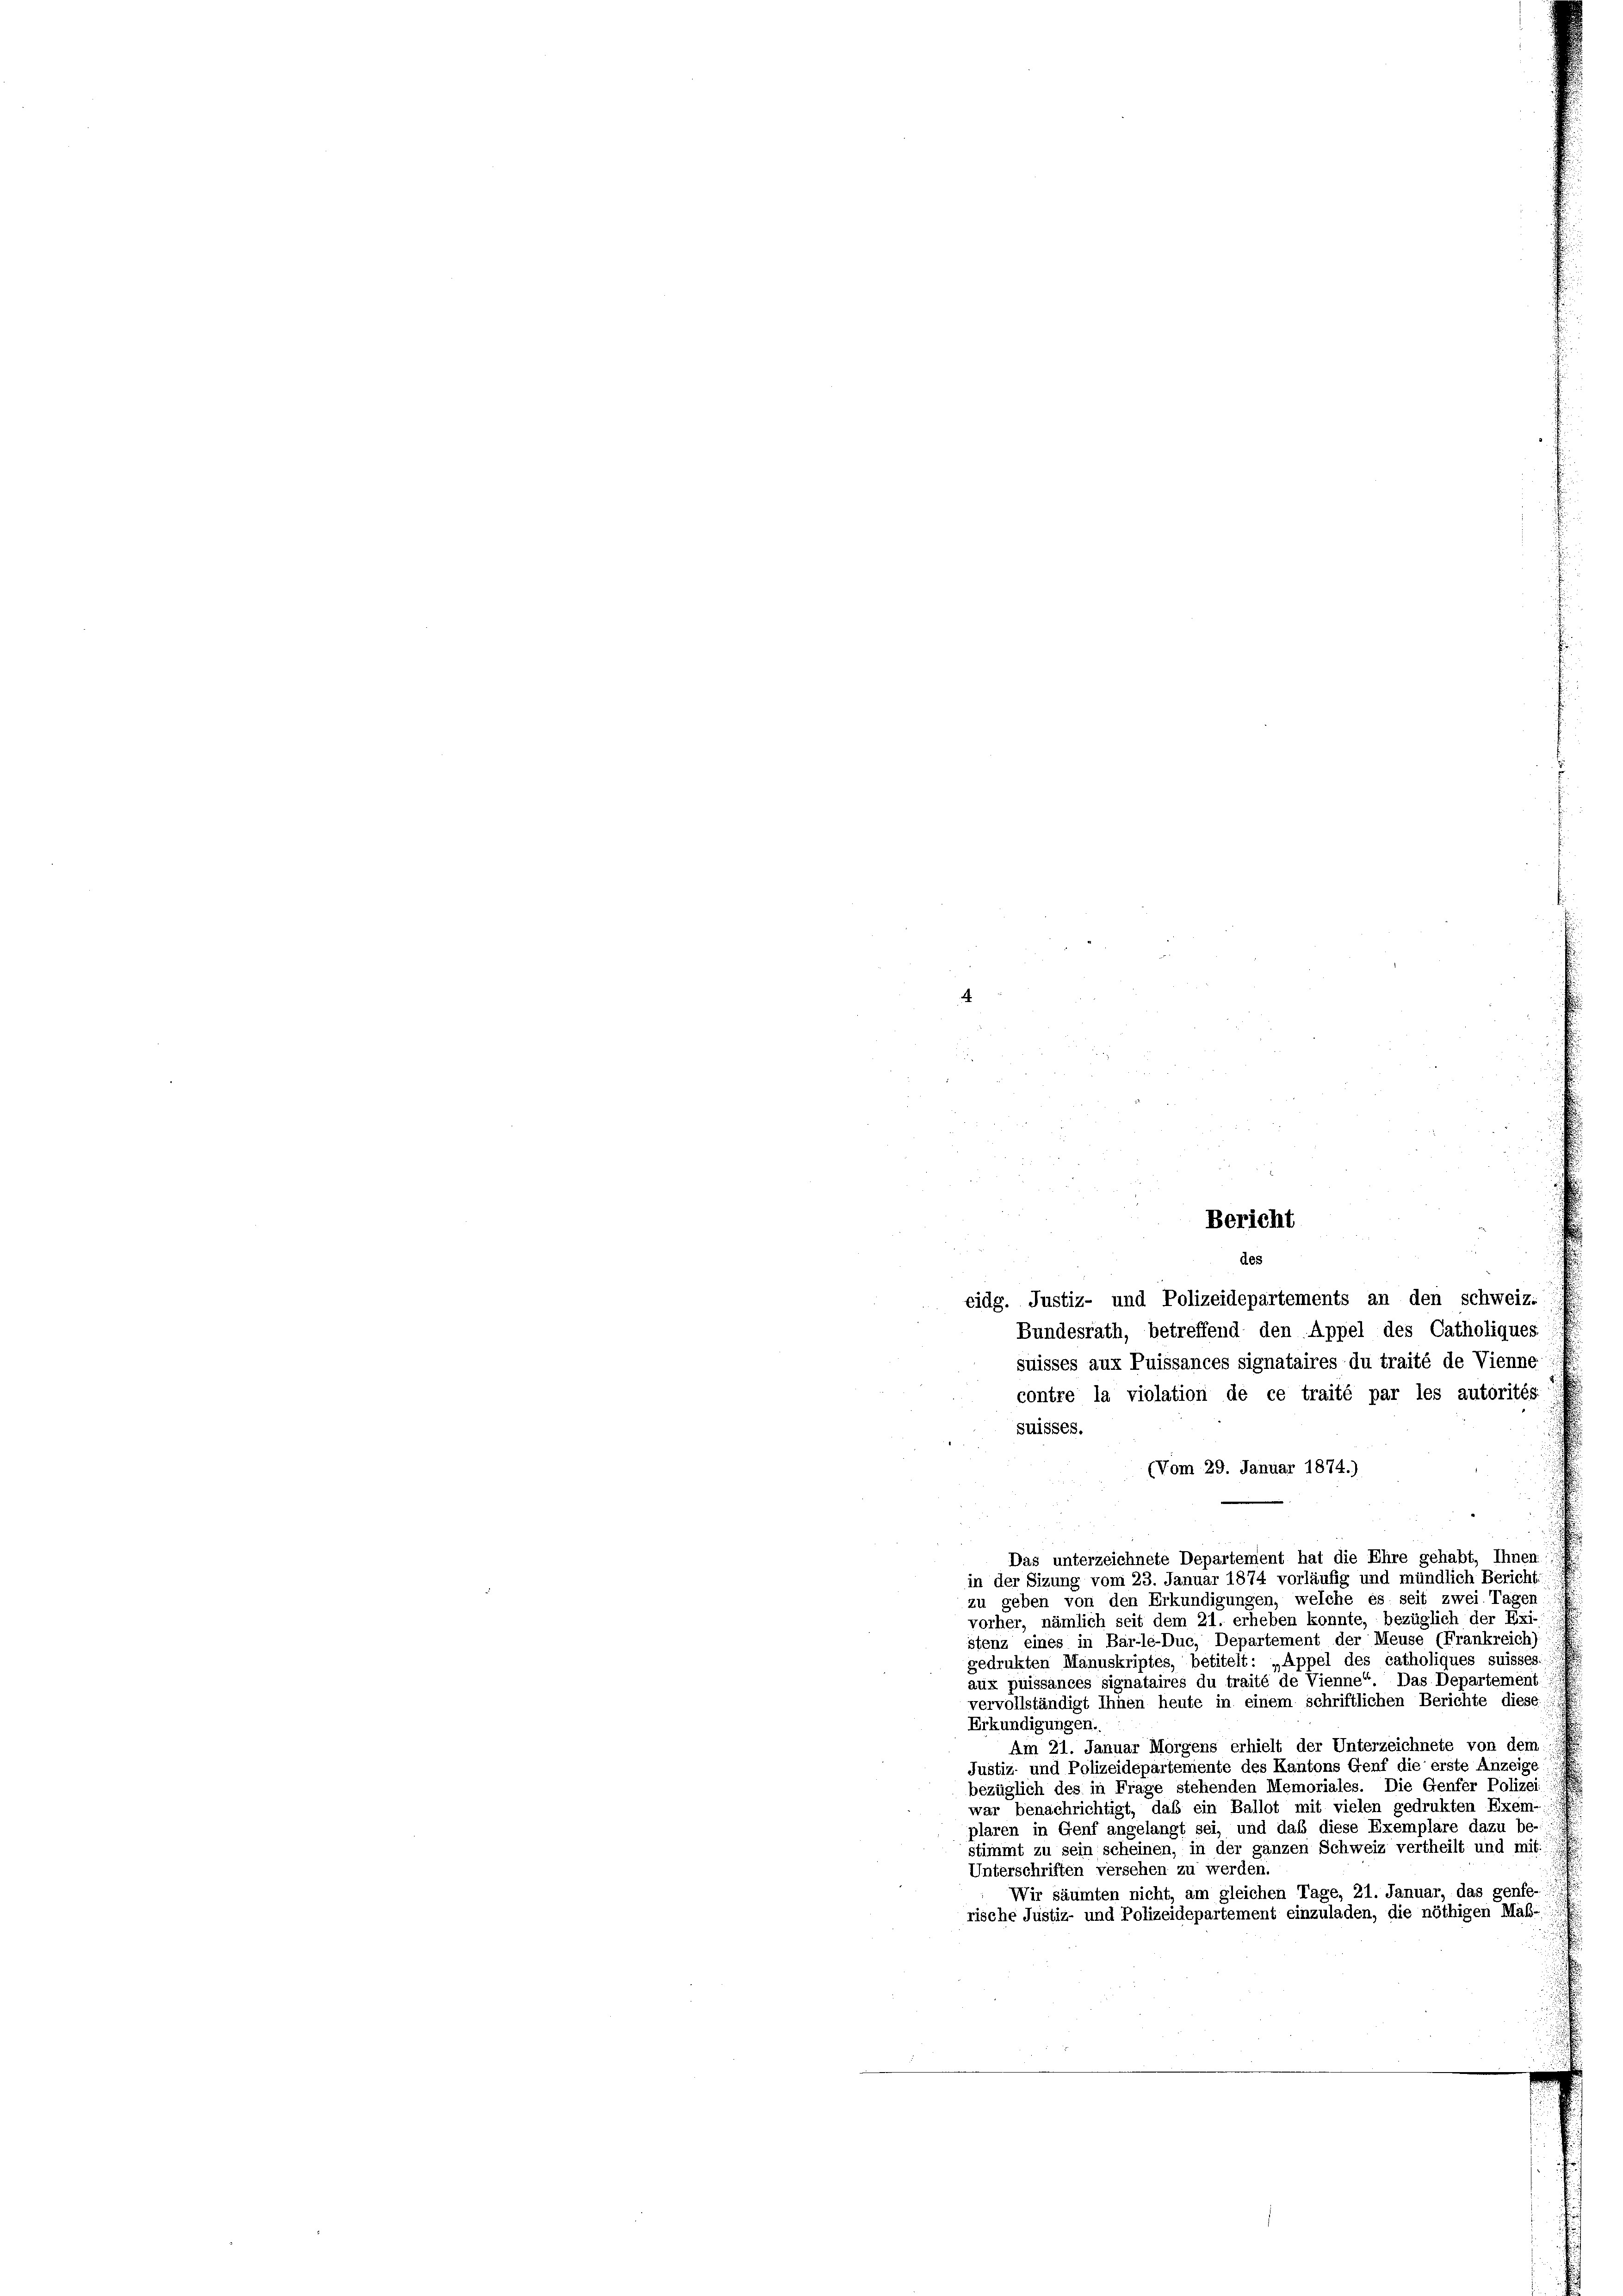
(Vom 29. Januar 1874.)
Das unterzeichnete Departement hat die Ehre gehabt, Ihnen
in der Sizung vom 23. Januar 1874 vorläufig und mündlich Bericht:
zu geben von den Erkundigungen, welche es seit zwei Tagen
vorher, nämlich seit dem 21. erheben konnte, bezüglich der Exi-
stenz eines in Bar-le-Due, Departement der Meuse (Frankreich)
gedrukten Manuskriptes, betitelt: „Appel des catholiques suisses
aux puissances signataires du traité de Vienne“. Das Departement
vervollständigt Ihnen heute in einem schriftlichen Berichte diese
Erkundigungen.
Am 21. Januar Morgens erhielt der Unterzeichnete von dem
Justiz und Polizeidepartemente des Kantons Genf die erste Anzeige
bezüglich des in Frage stehenden Memoriales. Die Genfer Polizei
war benachrichtigt, das ein Ballot mit vielen gedrukten Exem-
plaren in Genf angelangt sei, und daß diese Exemplare dazu be-
stimmt zu sein scheinen, in der ganzen Schweiz vertheilt und mit:
Unterschriften versehen zu werden.
Wir säumten nicht, am gleichen Tage, 21. Januar, das genfe-
rische Justiz- und Polizeidepartement einzuladen, die nöthigen Maß-

Bericht
eidg. Justiz- und Polizeidepartements an den Schweiz.
Bundesrath, betreffend den Appel des Catholiques
suisses aux Puissances signataires du traité de Vienne
contre la violation de ce traité par les autorités
Suisses.

des